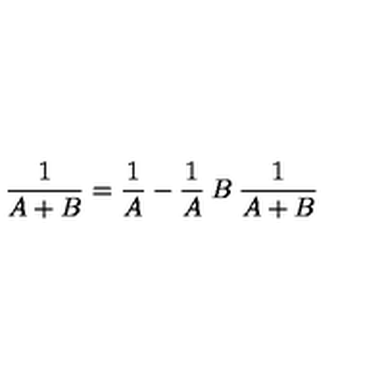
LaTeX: \frac { 1 } { A + B } = \frac { 1 } { A } - \frac { 1 } { A } \: B \: \frac { 1 } { A + B }